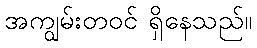
အကျွမ်းတဝင် ရှိနေသည်။